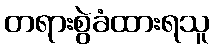
တရားစွဲခံထားရသူ